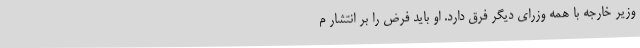
وزیر خارجه با همه وزرای دیگر فرق دارد. او باید فرض را بر انتشار م